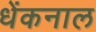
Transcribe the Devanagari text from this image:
धेंकनाल